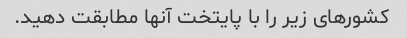
کشورهای زیر را با پایتخت آنها مطابقت دهید.